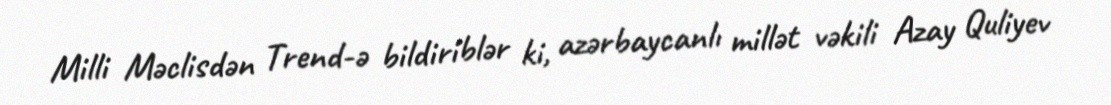
Milli Məclisdən Trend-ə bildiriblər ki, azərbaycanlı millət vəkili Azay Quliyev